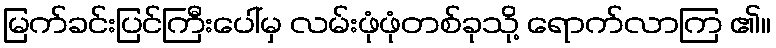
မြက်ခင်းပြင်ကြီးပေါ်မှ လမ်းဖုံဖုံတစ်ခုသို့ ရောက်လာကြ ၏။